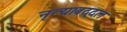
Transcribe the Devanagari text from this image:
नृत्याबद्दल